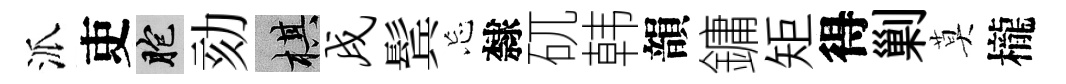
派吏胞劾棋戌鬂忘隸矹韩韻鏞矩得剿莫櫳